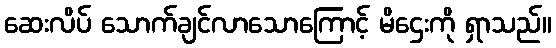
ဆေးလိပ် သောက်ချင်လာသောကြောင့် မိဌေးကို ရှာသည်။